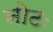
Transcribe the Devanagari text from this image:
नोटः